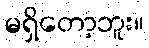
မရှိတော့ဘူး။